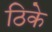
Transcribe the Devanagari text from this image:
ठिके